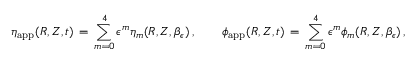
\eta _ { \mathrm { a p p } } ( R , Z , t ) \, = \, \sum _ { m = 0 } ^ { 4 } \epsilon ^ { m } \eta _ { m } ( R , Z , \beta _ { \epsilon } ) \, , \qquad \phi _ { \mathrm { a p p } } ( R , Z , t ) \, = \, \sum _ { m = 0 } ^ { 4 } \epsilon ^ { m } \phi _ { m } ( R , Z , \beta _ { \epsilon } ) \, ,